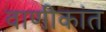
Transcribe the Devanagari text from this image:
वाणीकांत